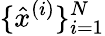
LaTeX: \{ \hat{x}^{(i)}\} _{i=1}^{N}